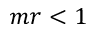
m r < 1